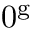
0 ^ { \mathrm { g } }